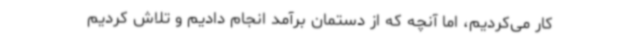
کار می‌کردیم، اما آنچه که از دستمان برآمد انجام دادیم و تلاش کردیم